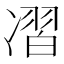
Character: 𰄊